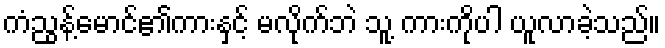
ကံညွန့်မောင်၏ကားနှင့် မလိုက်ဘဲ သူ့ ကားကိုပါ ယူလာခဲ့သည်။